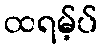
ထရမ့်ပ်